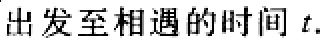
出发至相遇的时间 \(t\).